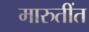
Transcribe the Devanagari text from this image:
मारुतींत